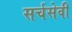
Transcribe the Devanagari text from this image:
सर्चसेवी